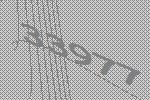
33977